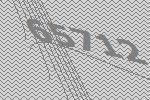
65712